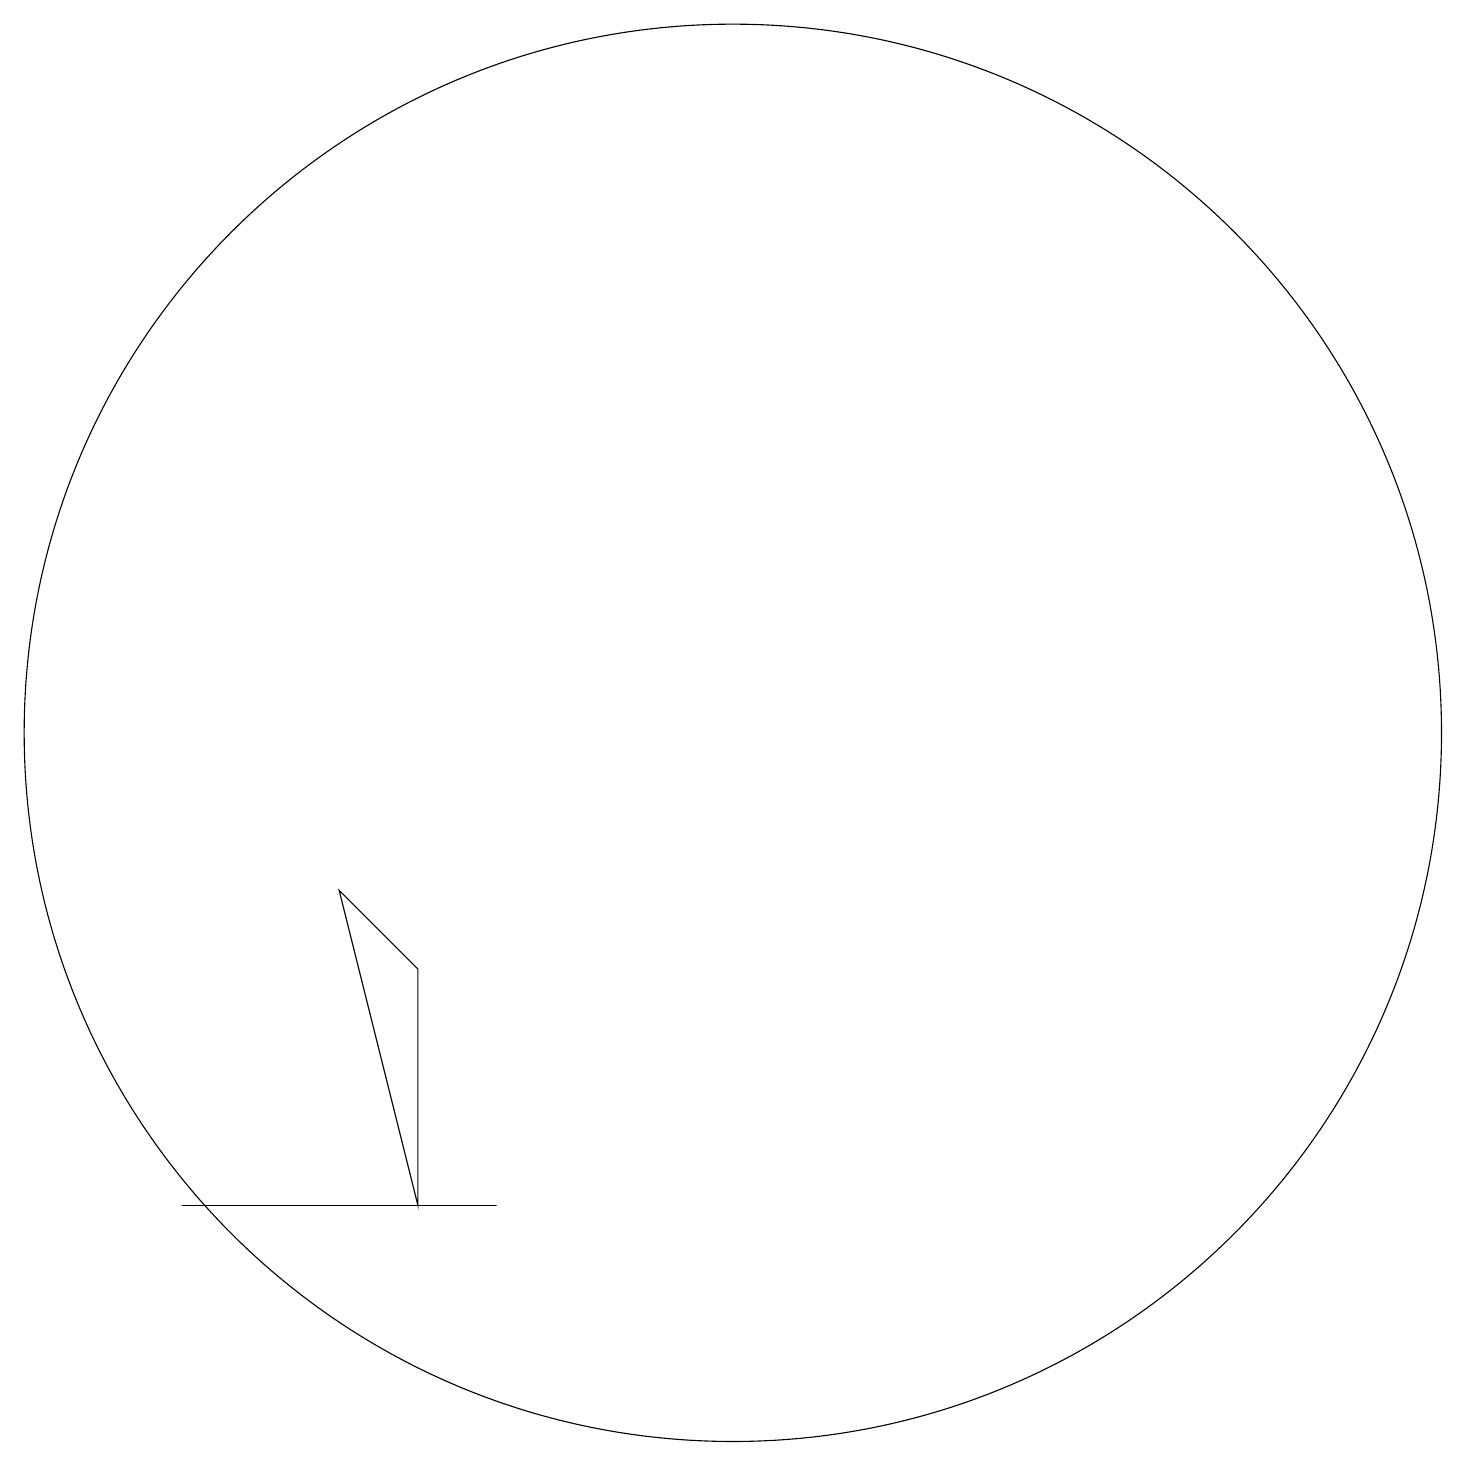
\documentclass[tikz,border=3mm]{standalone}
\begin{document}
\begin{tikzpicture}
\draw (7,5) -- (7,8) -- (6,9) -- cycle;
\draw (8,5) -- (7,5) -- (4,5) -- cycle;
\draw (11,11) circle (9);
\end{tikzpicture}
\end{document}